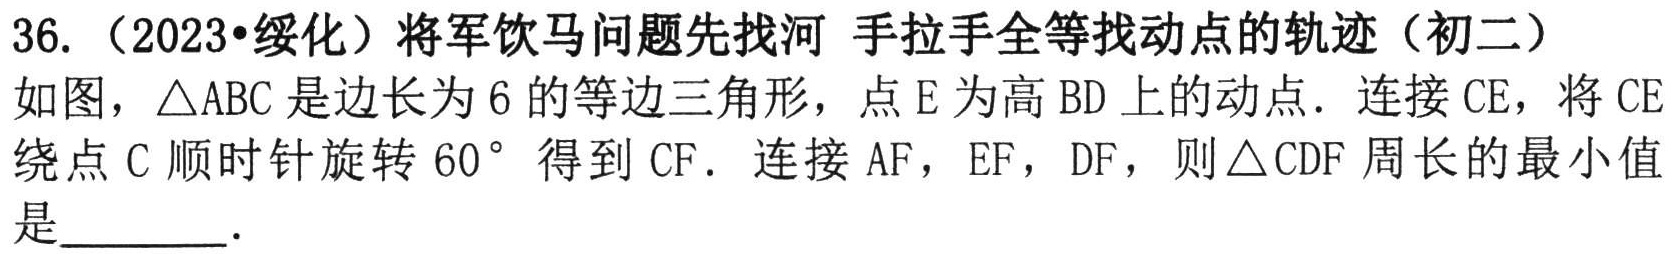
36.（2023•绥化）将军饮马问题先找河 手拉手全等找动点的轨迹（初二）

如图，\(\triangle ABC\)是边长为\(6\)的等边三角形，点\(E\)为高\(BD\)上的动点．连接\(CE\)，将\(CE\)绕点\(C\)顺时针旋转\(60^{\circ}\)得到\(CF\)．连接\(AF\)，\(EF\)，\(DF\)，则\(\triangle CDF\)周长的最小值是  ．